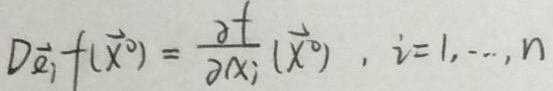
$D_{\vec{e}_i}f(\vec{x}^0)=\frac{\partial f}{\partial x_i}(\vec{x}^0),\ i = 1,\cdots,n$